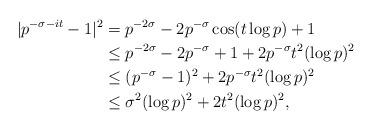
LaTeX: \begin{align*}|p^{-\sigma - it} -1 |^2 &= p^{-2\sigma} - 2p^{-\sigma} \cos (t \log p) + 1 \\& \leq p^{-2\sigma} - 2p^{-\sigma} + 1 + 2p^{-\sigma} t^2 (\log p)^2 \\& \leq (p^{-\sigma}-1)^2 + 2p^{-\sigma} t^2 (\log p)^2 \\& \leq \sigma^2 (\log p)^2 + 2t^2 (\log p)^2,\end{align*}